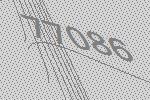
77086